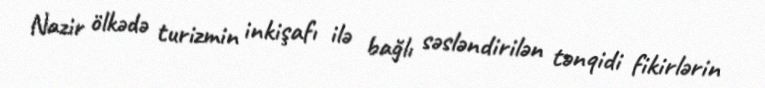
Nazir ölkədə turizmin inkişafı ilə bağlı səsləndirilən tənqidi fikirlərin